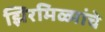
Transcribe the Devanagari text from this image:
झिरमिळ्यांचे